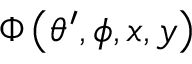
\Phi \left( \theta ^ { \prime } , \phi , x , y \right)